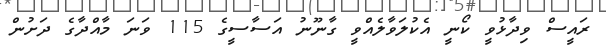
ރައީސް ވިދާޅުވީ ކޯނީ އެކުލަވާލެއްވީ ގާނޫނު އަސާސީގެ 115 ވަނަ މާއްދާގެ ދަށުން